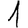
Digit: 1